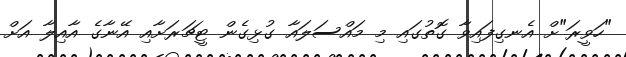
"ހަވީރަ"ށް އެނގިފައިވާ ގޮތުގައި މި މައްސަލައާ ގުޅިގެން ޓީޗަރަށާއި އޭނާގެ އާއިލާ އަށް